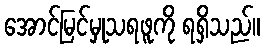
အောင်မြင်မှုသရဖူကို ရရှိသည်။